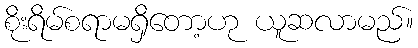
စိုးရိမ်စရာမရှိတော့ဟု ယူဆလာမည်။